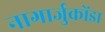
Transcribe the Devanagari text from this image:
नागार्जुकोंडा